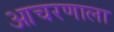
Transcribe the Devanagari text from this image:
आचरणाला